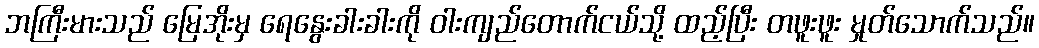
ဘကြီးမားသည် မြေအိုးမှ ရေနွေးခါးခါးကို ဝါးကျည်တောက်ငယ်သို့ ထည့်ပြီး တဖူးဖူး မှုတ်သောက်သည်။